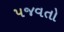
પજવતો